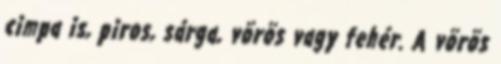
cimpa is, piros, sárga, vörös vagy fehér. A vörös